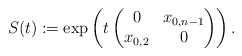
\begin{align*}S(t) := \exp \left( t \begin{pmatrix}0 & x_{0,n-1} \\ x_{0,2} & 0\end{pmatrix} \right). \end{align*}